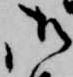
御